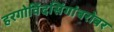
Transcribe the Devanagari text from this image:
हरगोविंदसिंगांबरोबर